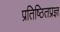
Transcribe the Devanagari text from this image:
प्रतिष्ठितप्रज्ञ